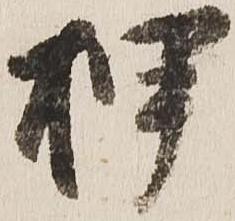
押